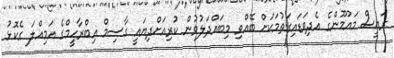
ރައީސް މައުމޫންގެ އެދިވަޑައިގަތުމަކަށް ބޭއްވި މިބައްދަލުވުން ކުރިއަށްދިޔައީ ގާސިމް އިބްރާހީމްގެ އަމިއްލަ ގެކޮޅު